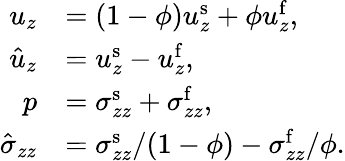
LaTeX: \begin{array}{rl}{u_{z}}&{=(1-\phi)u_{z}^{\mathrm{s}}+\phi u_{z}^{\mathrm{f}},}\\ {\hat{u}_{z}}&{=u_{z}^{\mathrm{s}}-u_{z}^{\mathrm{f}},}\\ {p}&{=\sigma_{zz}^{\mathrm{s}}+\sigma_{zz}^{\mathrm{f}},}\\ {\hat{\sigma}_{zz}}&{=\sigma_{zz}^{\mathrm{s}}/(1-\phi)-\sigma_{zz}^{\mathrm{f}}/\phi.}\end{array}